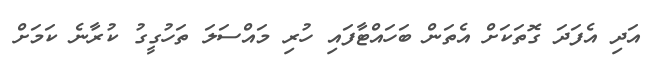
އަދި އެފަދަ ގޮތަކަށް އެތަން ބަހައްޓާފައި ހުރި މައްސަލަ ތަހުގީގު ކުރާނެ ކަމަށް